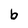
Character: b